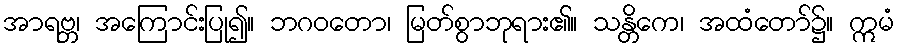
အာရဗ္ဘ၊ အကြောင်းပြု၍။ ဘဂဝတော၊ မြတ်စွာဘုရား၏။ သန္တိကေ၊ အထံတော်၌။ ဣမံ